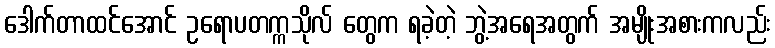
ဒေါက်တာထင်အောင် ဥရောပတက္ကသိုလ် တွေက ရခဲ့တဲ့ ဘွဲ့အရေအတွက် အမျိုးအစားကလည်း